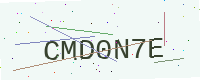
Text: CMD0N7E